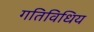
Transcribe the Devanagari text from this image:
गतिविधिय